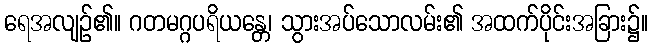
ရေအလျဉ်၏။ ဂတမဂ္ဂပရိယန္တေ၊ သွားအပ်သောလမ်း၏ အထက်ပိုင်းအခြား၌။